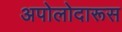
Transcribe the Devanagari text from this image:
अपोलोदारूस